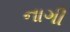
નાગી